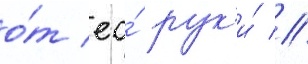
о́т ео́ рук'и́ //